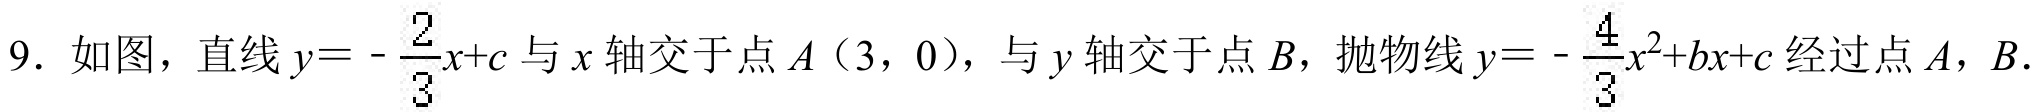
9. 如图，直线\(y = -\frac{2}{3}x + c\)与\(x\)轴交于点\(A(3,0)\)，与\(y\)轴交于点\(B\)，抛物线\(y = -\frac{4}{3}x^{2}+bx + c\)经过点\(A\)，\(B\)．